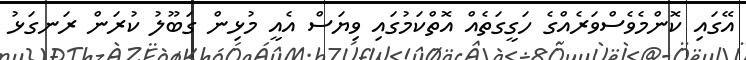
އޭގައި ކޮންމެވެސްވަރެެއްގެ ހަގީގަތެއް އޮތްކަމުގައި ވިޔަސް އެއީ މުޅިން ގަބޫލު ކުރަން ރަނގަޅު